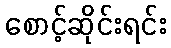
စောင့်ဆိုင်းရင်း